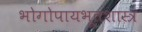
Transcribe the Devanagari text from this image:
भोगोपायभूतशास्त्र